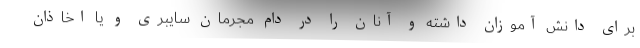
برای دانش آموزان داشته و آنان را در دام مجرمان سایبری و یا اخاذان